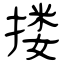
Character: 搂